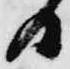
日